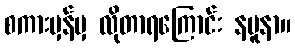
စကားမှန်မှ လိုတာရကြောင်း နမူနာ။